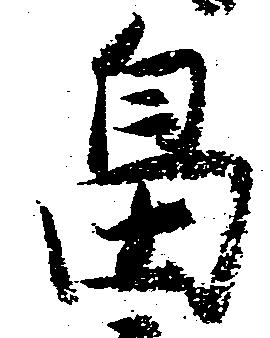
畠